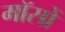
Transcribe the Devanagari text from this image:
मॉसों